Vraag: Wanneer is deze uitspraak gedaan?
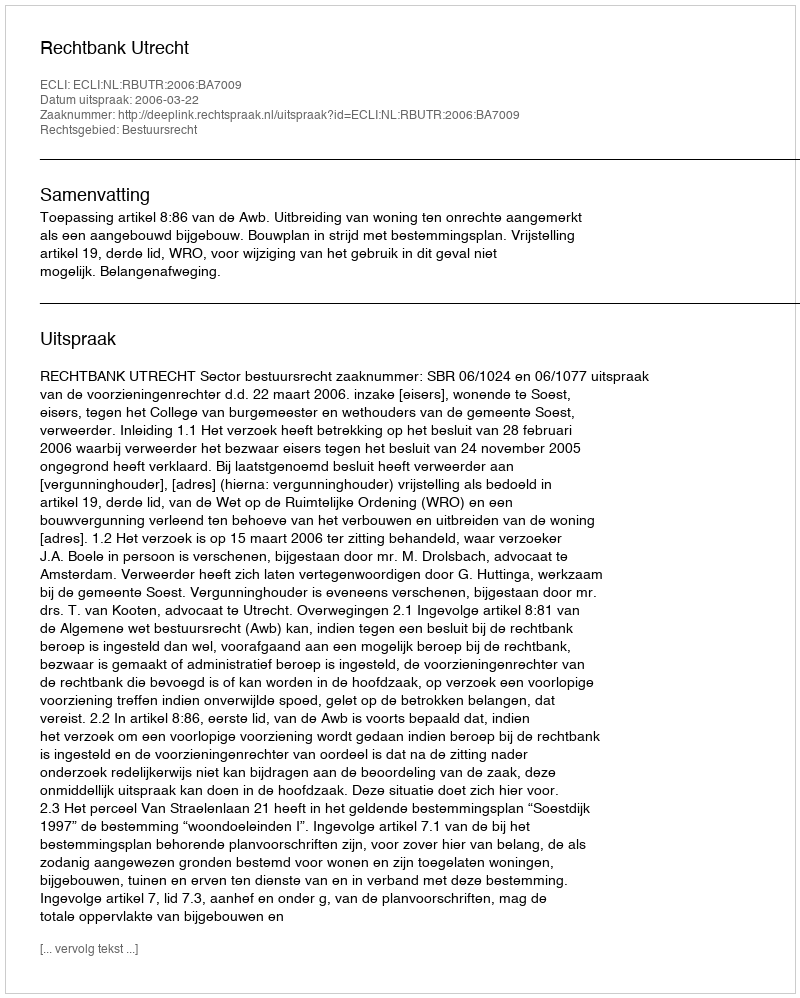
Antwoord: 2006-03-22